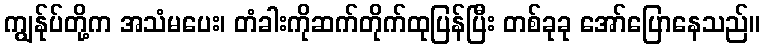
ကျွန်ုပ်တို့က အသံမပေး၊ တံခါးကိုဆက်တိုက်ထုပြန်ပြီး တစ်ခုခု အော်ပြောနေသည်။